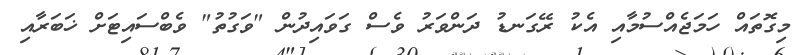
މިގޮތައް ހަމަޖެއްސުމާއި އެކު ރޭގަނޑު ދަންވަރު ވެސް ގަވައިދުން "ވަގުތު" ވެބްސައިޓަށް ޚަބަރާއި